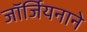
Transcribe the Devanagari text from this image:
जॉर्जियनाने